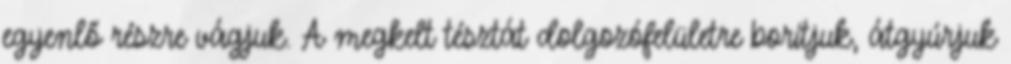
egyenlő részre vágjuk. A megkelt tésztát dolgozófelületre borítjuk, átgyúrjuk